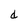
Character: d